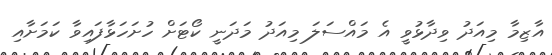
އާޒިމާ މިއަދު ވިދާޅުވީ އެ މައްސަލަ މިއަދު މަދަނީ ކޯޓަށް ހުށަހަޅާފައިވާ ކަމަށާއި